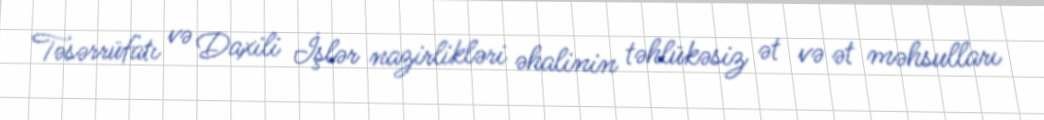
Təsərrüfatı və Daxili İşlər nazirlikləri əhalinin təhlükəsiz ət və ət məhsulları